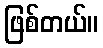
ဖြစ်တယ်။